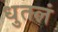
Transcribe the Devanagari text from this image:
धुतलं